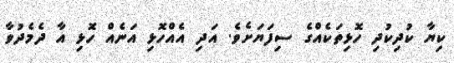
ކިޔާ ކުދިކުދި ހޮޅިތަކެއްގެ ސިފަޔަށެވެ. އަދި އެއްހޮޅި އަނެއް ހޮޅި އާ ދެމެދުވާ